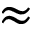
\approx